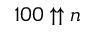
1 0 0 \uparrow \uparrow n